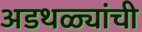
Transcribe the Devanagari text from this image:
अडथळ्यांची